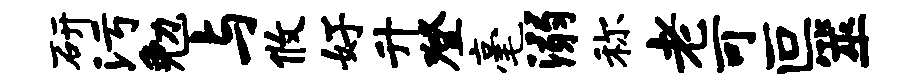
研污勉与攸好升登毫溺称老可叵筮